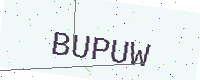
Text: BUPUW